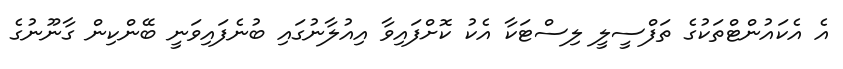
އެ އެކައުންޓްތަކުގެ ތަފްސީލީ ލިސްޓަކާ އެކު ކޮށްފައިވާ އިއުލާނުގައި ބުނެފައިވަނީ ބޭންކިން ގާނޫނުގެ